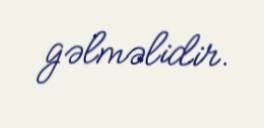
gəlməlidir.